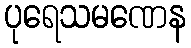
ပုရေသမဏေန